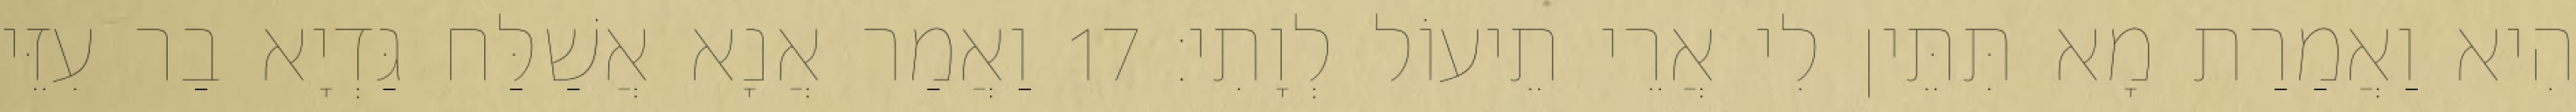
הִיא וַאֲמַרַת מָא תִּתֵּין לִי אֲרֵי תֵיעוֹל לְוָתִי׃ 17 וַאֲמַר אֲנָא אֲשַׁלַּח גַּדְיָא בַר עִזֵּי